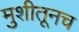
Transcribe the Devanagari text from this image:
मुशीतूनच